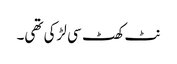
نٹ کھٹ سی لڑکی تھی۔